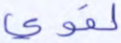
لقوي